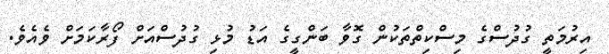
އިރުމަތީ ގުދުސްގެ މިސްކިތްތަކުން ގޮވާ ބަންގީގެ އަޑު މުޅި ގުދުސްއަށް ފޯރާކަމަށް ވެއެވެ.